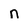
Character: n